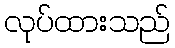
လုပ်ထားသည်